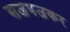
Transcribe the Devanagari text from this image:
सजधजकर